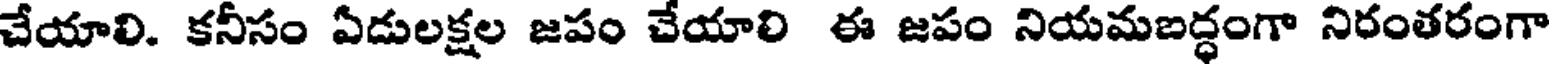
చేయాలి. కనీసం ఏడులక్షల జపం చేయాలి ఈ జపం నియమబద్ధంగా నిరంతరంగా